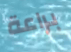
براعة